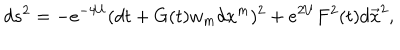
d s ^ { 2 } = - e ^ { - 4 U } ( d t + G ( t ) w _ { m } d x ^ { m } ) ^ { 2 } + e ^ { 2 U } F ^ { 2 } ( t ) d \vec { x } ^ { 2 } ,